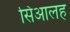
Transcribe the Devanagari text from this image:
सिआलह